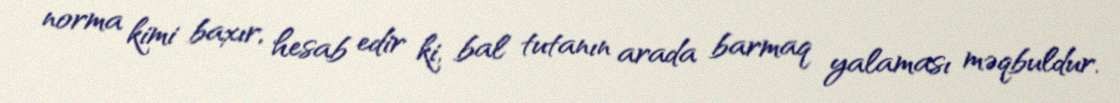
norma kimi baxır, hesab edir ki, bal tutanın arada barmaq yalaması məqbuldur.